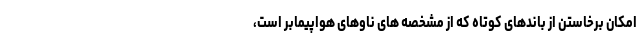
امکان برخاستن از باندهای کوتاه که از مشخصه های ناوهای هواپیمابر است،